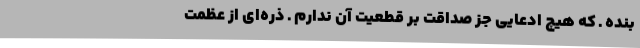
بنده ـ که هیچ ادعایی جز صداقت بر قطعیت‌ آن ندارم ـ ذره‌ای از عظمت